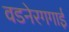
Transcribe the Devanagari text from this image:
वडनेरगगाई